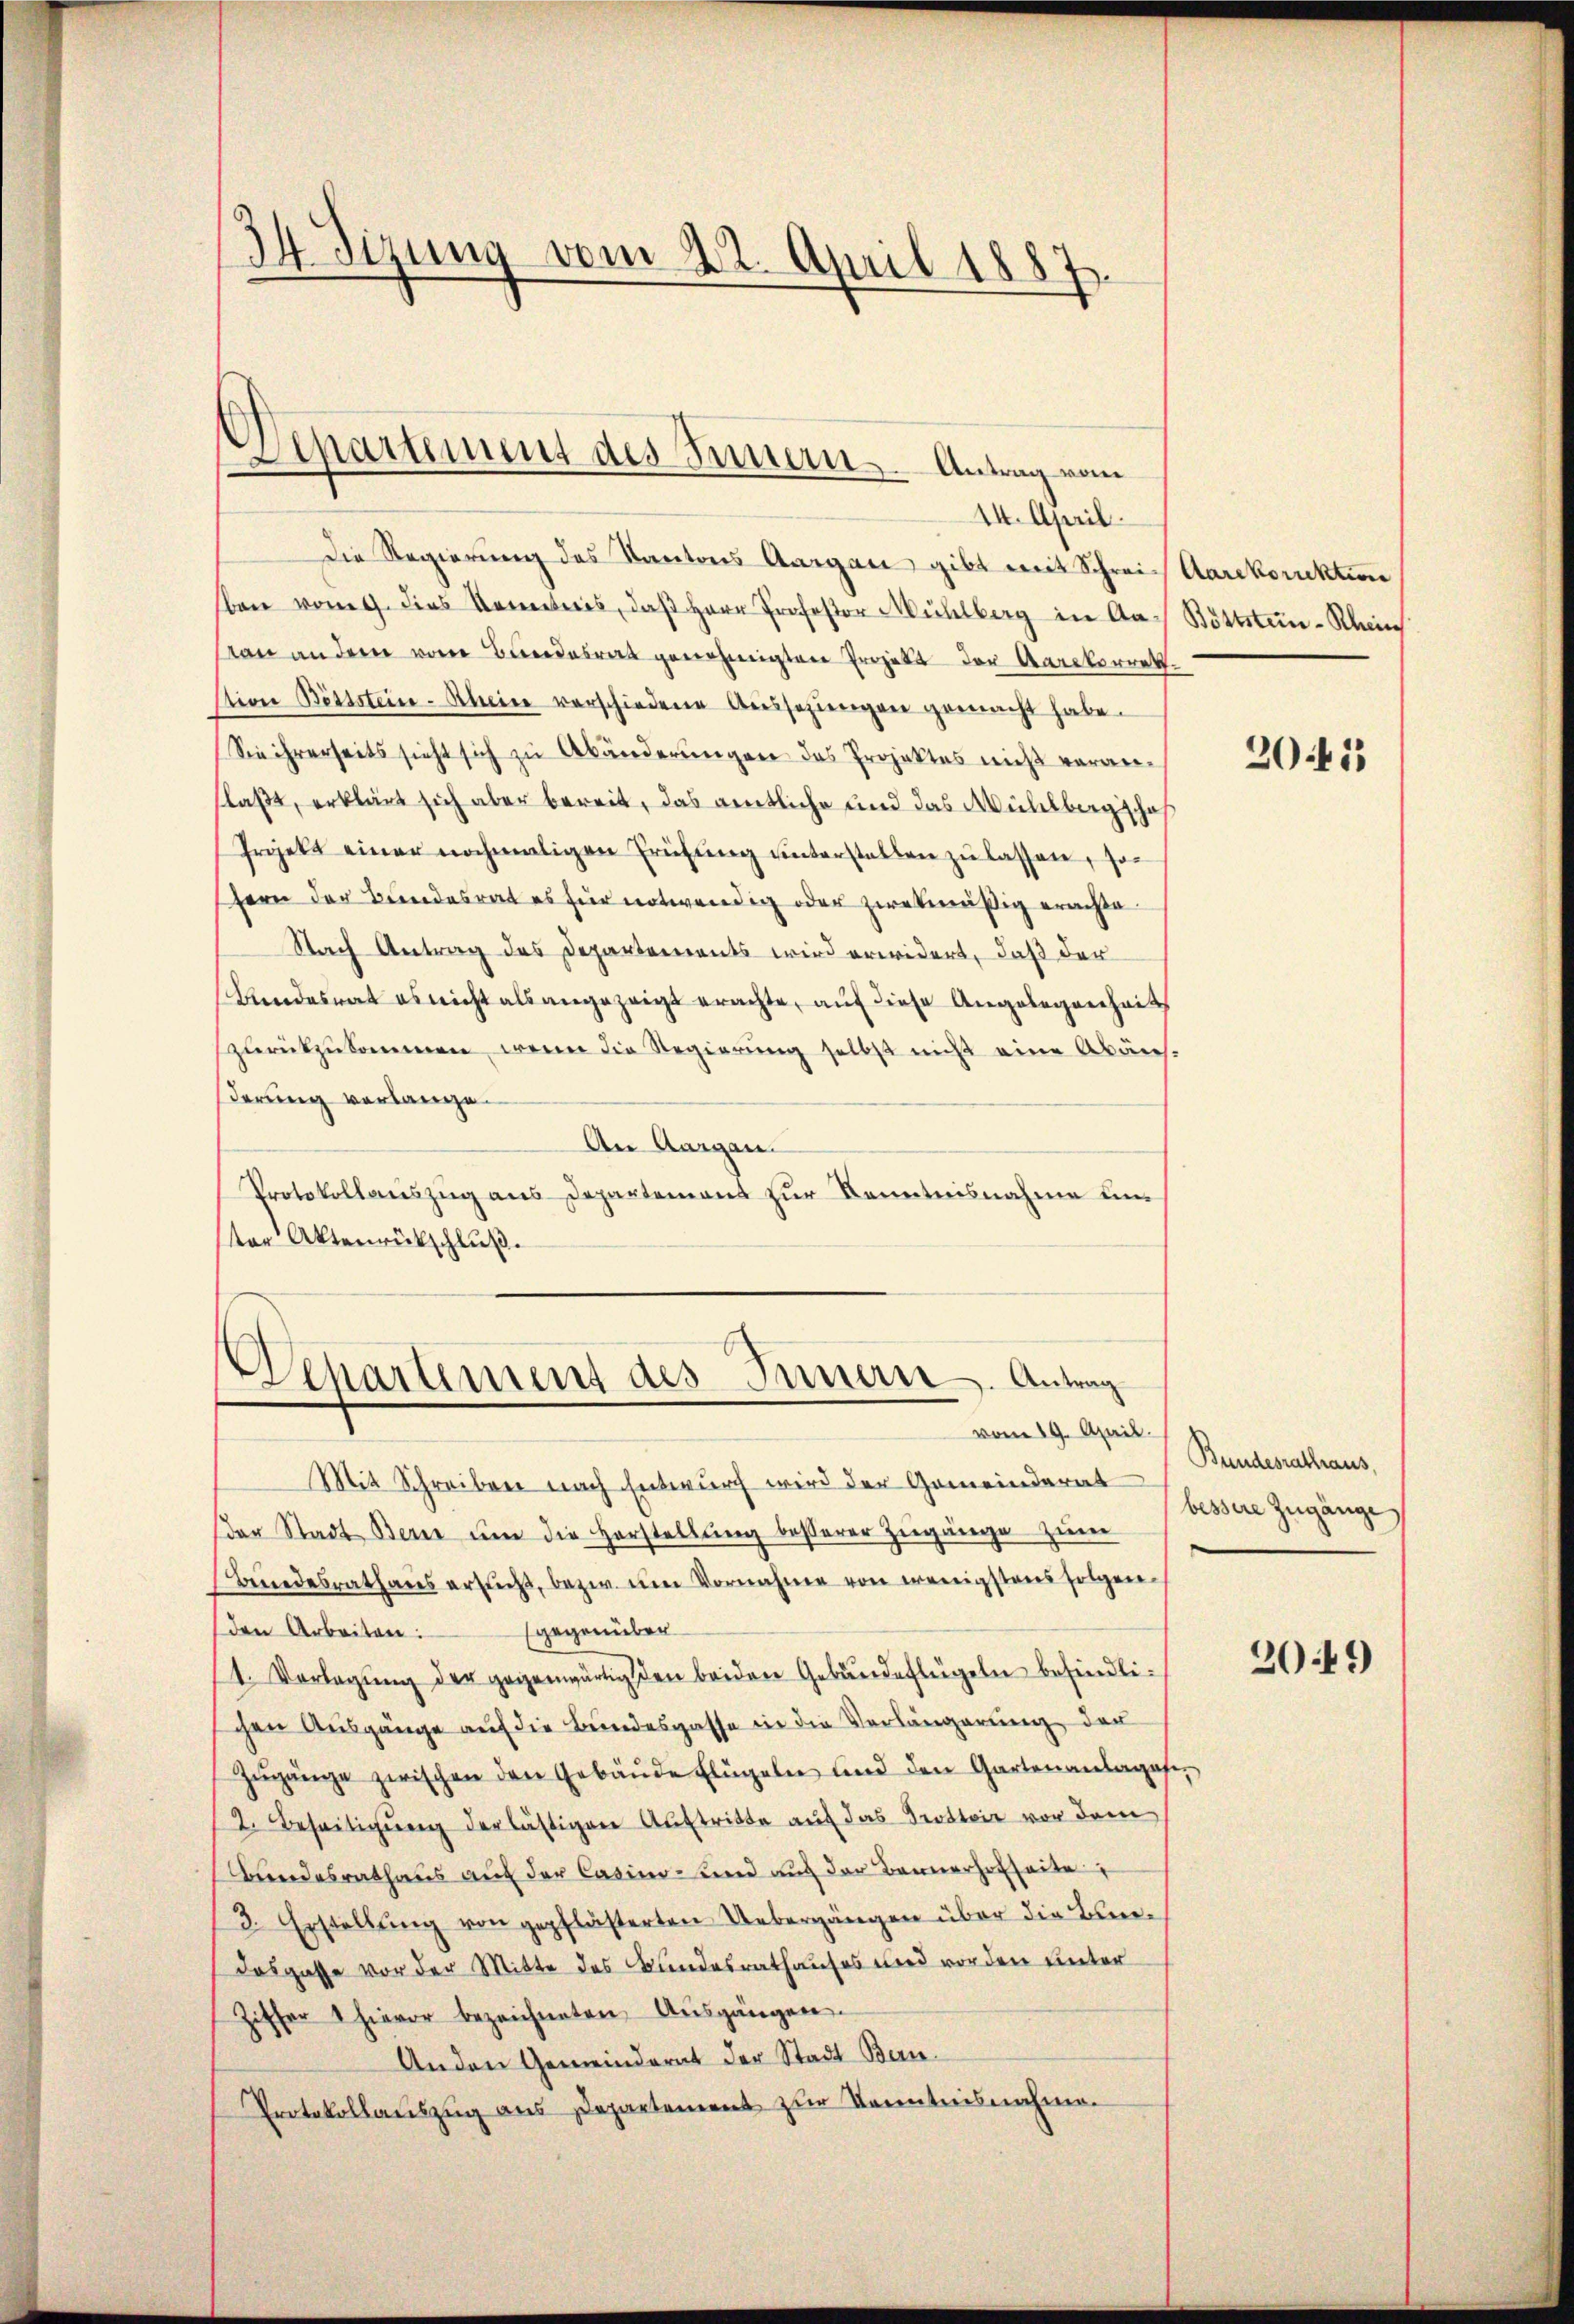
34 Sizung vom 22. April 1887

Departement des Innern. Antrag vom
14. April.

Die Regierung des Kantons Aargau, gibt mit Schrei Aarekorrektion
ben vom 9. dies kontes, daβ Herr Profes Mühlberg in Aa¬ Böttsten-Klein
von an der von Bundesrat genehmigten Projekt der Aaretorrek
tion Bittstein-Rhein verschiedene Aussezungen gemacht habe.
Sie ihrerseits sieht sich zu Abänderungen das Projektes nieß veranflaßt, erklärt sich aber bereit, das amtliche und das Mühlbergische
Projekt einer nochmaligen Prüfŭng unterstellen zŭ lassen, so
fern der Bundesrat es für notwendig oder zwekmäßig erachte.
Nach Antrag des Departements wird erwidert, daß der
Bundesrat es nicht als angezeigt erachte, auf diese Angelegenheits
zurückzukommen, wenn die Regierung selbst nicht eine Abänderung verlange.
An Aargau.
Protokollauszug aus Departement zur Kenntnisnahme unter Aktenrückschluß.

Departement des Innern. Antrag

Mit Schreiben nach Entwurf wird der Gemeinderat
der Stadt Berne ŭm die Horstellung besserer Zugänge zum
Beundesrathaus ersucht, bezw. im Vornahme von wenigstens folgen.
den Arbeiten: gegenüber
1. Vorlegŭng der gegenwärtig den beiden Gebäudeflügeln befindlichen Ausgänge auf die Bundesgasse in die Verlängerung der
Zŭgänge zwischen den Gebäŭde Flügeln und den Gartenanlages,
2. Beseitigŭng der lästigen Auftritte auf das Trottoir vor dem
Bundesrathaus auch der Casino- und auf der Bannerhofseite
3. Erstellŭng von gepflästerten Uebergängen über die Bedosgasse vor der Mitte des Bundesrathauses und worden unter
Ziffer 1 hievor bezeichneten Aŭsgängen.
Anden Gemeinderat der Stadt Ben¬
Protokollauszug aus Departement zur Kenntnisnahme.

2045

vom 19. April Bundesrathaus,
bessere Zugänge

2019